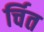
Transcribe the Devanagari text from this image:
र्चित